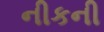
નીકની